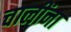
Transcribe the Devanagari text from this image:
चालींना